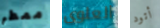
ممطر العلوى أتود